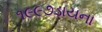
૧૯૯૭ડાયના